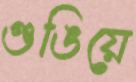
গুঙিয়ে